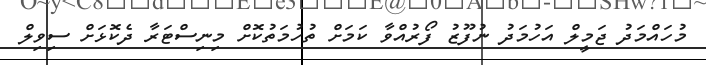
މުހައްމަދު ޖަމީލް އަހުމަދު ނުފޫޒު ފޯރުއްވާ ކަމަށް ތުހުމަތުކޮށް މިނިސްޓަރާ ދެކޮޅަށް ސިވިލް